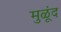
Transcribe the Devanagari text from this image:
मुळूंद